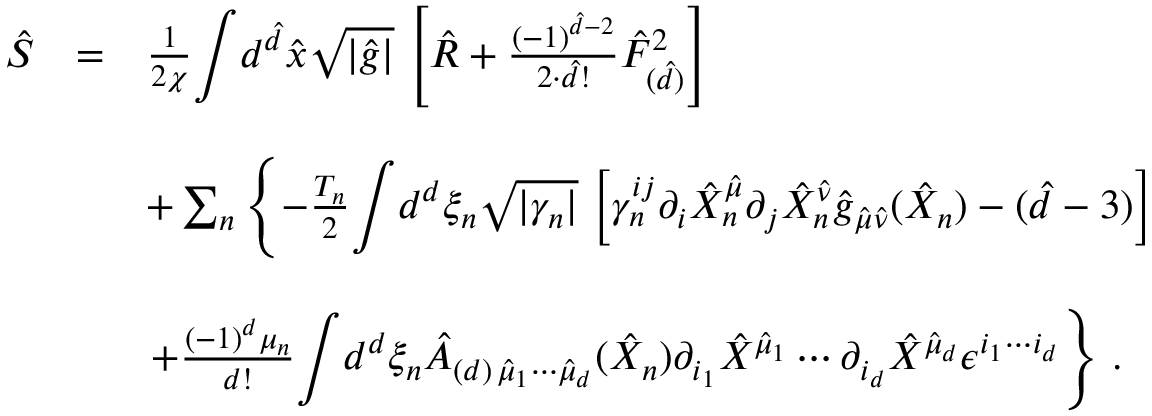
\begin{array} { r c l } { { \hat { S } } } & { { = } } & { { \frac { 1 } { 2 \chi } { \displaystyle \int } d ^ { \hat { d } } \hat { x } \sqrt { | \hat { g } | } \, \left[ \hat { R } + \frac { ( - 1 ) ^ { \hat { d } - 2 } } { 2 \cdot \hat { d } ! } \hat { F } _ { ( \hat { d } ) } ^ { 2 } \right] } } \\ { { } } & { { } } & { { } } \\ { { } } & { { } } & { { + \sum _ { n } \left\{ - \frac { T _ { n } } { 2 } { \displaystyle \int } d ^ { d } \xi _ { n } \sqrt { | \gamma _ { n } | } \, \left[ \gamma _ { n } ^ { i j } \partial _ { i } \hat { X } _ { n } ^ { \hat { \mu } } \partial _ { j } \hat { X } _ { n } ^ { \hat { \nu } } \hat { g } _ { \hat { \mu } \hat { \nu } } ( \hat { X } _ { n } ) - ( \hat { d } - 3 ) \right] \right. } } \\ { { } } & { { } } & { { } } \\ { { } } & { { } } & { { \left. + \frac { ( - 1 ) ^ { d } \mu _ { n } } { d ! } { \displaystyle \int } d ^ { d } \xi _ { n } \hat { A } _ { ( d ) \, \hat { \mu } _ { 1 } \cdots \hat { \mu } _ { d } } ( \hat { X } _ { n } ) \partial _ { i _ { 1 } } \hat { X } ^ { \hat { \mu } _ { 1 } } \cdots \partial _ { i _ { d } } \hat { X } ^ { \hat { \mu } _ { d } } \epsilon ^ { i _ { 1 } \cdots i _ { d } } \right\} \, . } } \end{array}